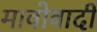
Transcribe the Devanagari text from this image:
मावोवादी